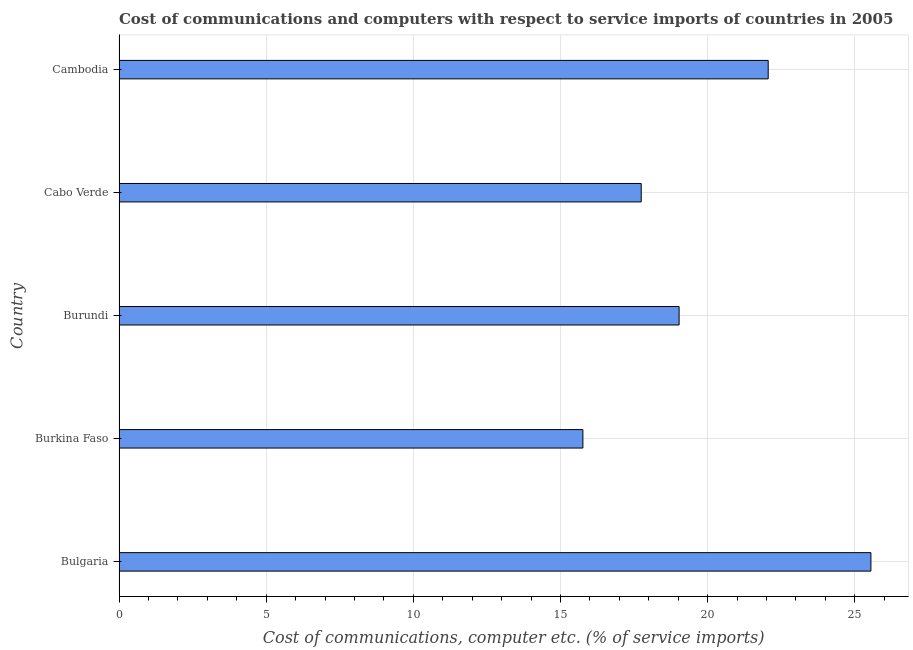
| Country | Communications |
 | --- | --- |
 | Bulgaria | 25.5 |
 | Burkina Faso | 15.8 |
 | Burundi | 19 |
 | Cabo Verde | 17.7 |
 | Cambodia | 22.1 |